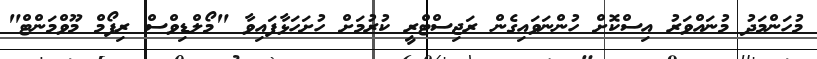
މުހަންމަދު މުނައްވަރު އިސްކޮށް ހުންނަވައިގެން ރަޖިސްޓްރީ ކުރުމަށް ހުށަހަޅާފައިވާ "މޯލްޑިވްސް ރިފޯމް މޫވްމަންޓް"